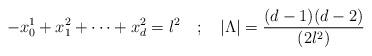
LaTeX: \begin{align*}-x_0^1 + x_1^2 + \cdots + x_d^2 = l^2 ~~~;~~~ |\Lambda| = {(d-1)(d-2) \over (2l^2)}\end{align*}